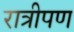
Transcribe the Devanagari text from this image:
रात्रीपण